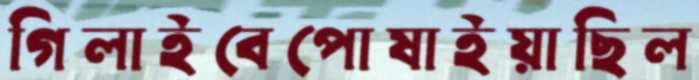
গিলাইবেপোষাইয়াছিল